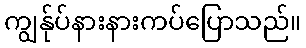
ကျွန်ုပ်နားနားကပ်ပြောသည်။